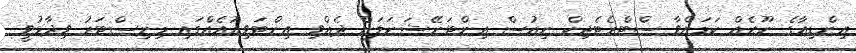
އިންޑިއާގެ ނޫހެއް ކަމަށްވާ ސްޓްރެޓެޖިކް ނިއުސް އިންޓަނޭޝަނަލަށް ދެއްވި އިންޓަވިއުއެއްގައި މިނިސްޓަރު ވިދާޅުވީ